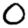
Digit: 0